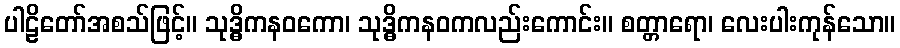
ပါဠိတော်အစသ်ဖြင့်။ သုဒ္ဓိကနဝကော၊ သုဒ္ဓိကနဝကလည်းကောင်း။ စတ္တာရော၊ လေးပါးကုန်သော။